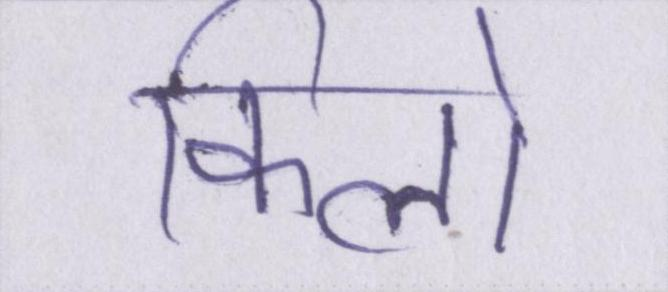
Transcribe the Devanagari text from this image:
किलो